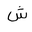
Letter: _shin